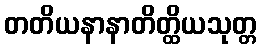
တတိယနာနာတိတ္ထိယသုတ္တ